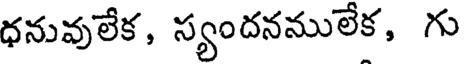
ధనువులేక, స్యందనములేక, గు